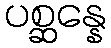
ပစ္ဆန္နေ